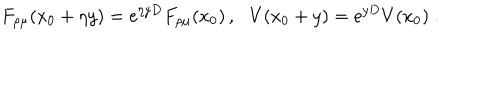
LaTeX: F _ { \rho \mu } ( x _ { 0 } + \eta y ) = \mathrm { e } ^ { \eta y D } F _ { \rho \mu } ( x _ { 0 } ) \, , \, \, \, \, V ( x _ { 0 } + y ) = \mathrm { e } ^ { y D } V ( x _ { 0 } ) \; .